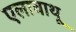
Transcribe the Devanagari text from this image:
एलावाथू